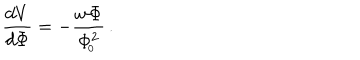
{ \frac { d V } { d \Phi } } = - { \frac { w \Phi } { \Phi _ { \! _ { 0 } } ^ { 2 } } } \, .